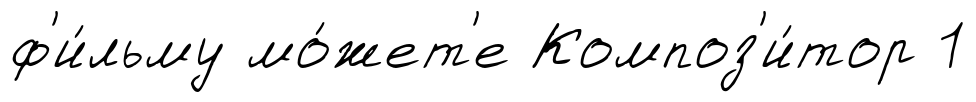
ф'и́льму мо́жет'е Композ'и́тор 1